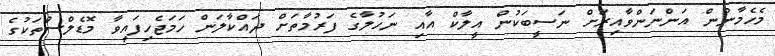
މެހެމާނުން އަންނަންވާއިރަށް ނަސީބަކުން އީލާކް އާއި ނަހުލާގެ ފަރުމާތަށް ދައްކާލަން ހަމަޖެހިފައިވާ މޮޑެލްސްތަކުގެ